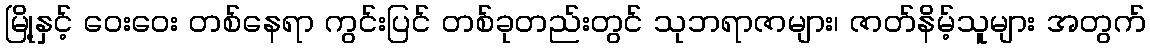
မြို့နှင့် ဝေးဝေး တစ်နေရာ ကွင်းပြင် တစ်ခုတည်းတွင် သုဘရာဇာများ၊ ဇာတ်နိမ့်သူများ အတွက်